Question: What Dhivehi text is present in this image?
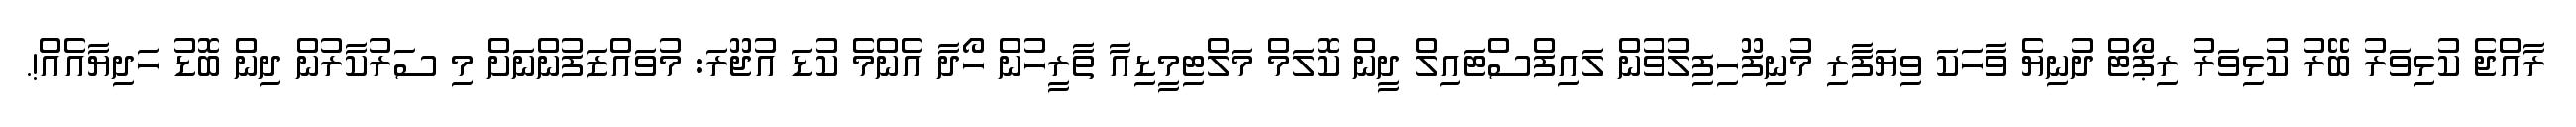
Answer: ރާއްޖެ ކުޅިވަރު ބޭރު ކުޅިވަރު ރިޕޯޓް ދުނިޔެ ވާހަކަ ވިޔަފާރި މުނިފޫހިފިލުވުން ލައިފްސްޓައިލް ދީން ކޮލަމް މަލްޓިމީޑިއާ ތާރީހުން ހޯދާ އެންމެ ކުޑަ އުޖޫރަ: މުވައްޒަފުންނަށް މި ސަރުކާރުން ދިން ބޮޑު ހަދިޔާއެއް!.